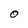
Character: O